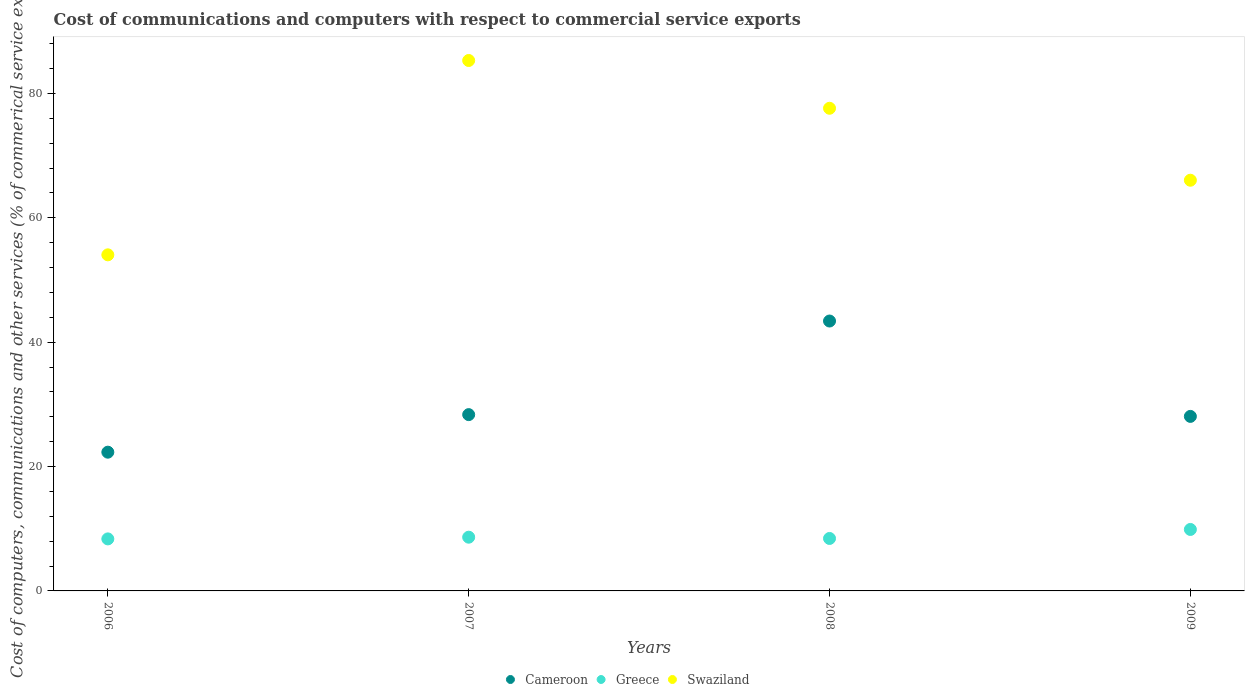
| Years | Cameroon | Greece | Swaziland |
 | --- | --- | --- | --- |
 | 2006 | 22.3 | 8.36 | 54 |
 | 2007 | 28.3 | 8.64 | 85.3 |
 | 2008 | 43.4 | 8.44 | 77.6 |
 | 2009 | 28.1 | 9.88 | 66 |